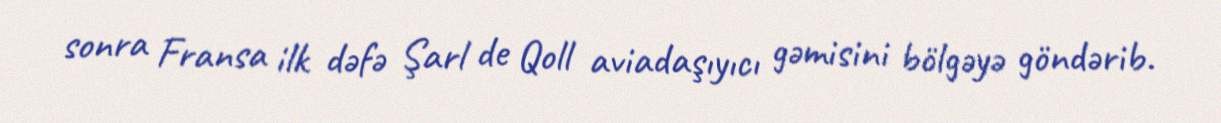
sonra Fransa ilk dəfə Şarl de Qoll aviadaşıyıcı gəmisini bölgəyə göndərib.